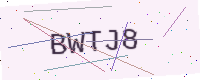
Text: BWTJ8